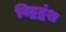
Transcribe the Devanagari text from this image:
विद्वद्वंश